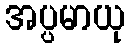
အပ္ပမာယု